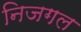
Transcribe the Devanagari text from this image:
निजगल